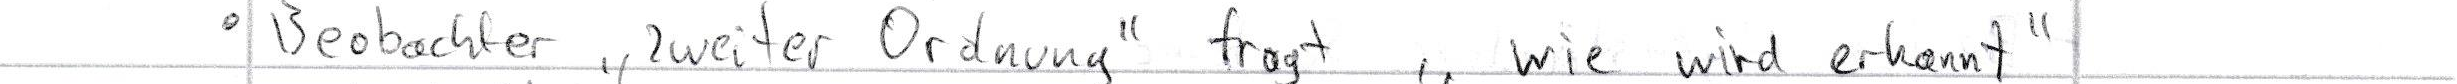
- Beobachter "zweiter Ordnung" fragt "wie wird erkannt"